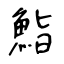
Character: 鮨